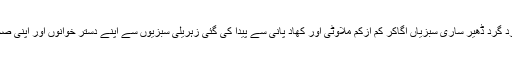
وہاں کبھی ہم اپنے گھروں کے ارد گرد ڈھیر ساری سبزیاں اُگاکر کم ازکم ملاوٹی اور کھاد پانی سے پیدا کی گئی زہریلی سبزیوں سے اپنے دستر خوانوں اور اپنی صحت کو محفوظ رکھا کرتے تھے۔